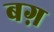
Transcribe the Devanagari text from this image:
बग़